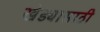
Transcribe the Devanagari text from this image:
खेड्यासाठी